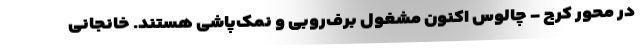
در محور کرج - چالوس اکنون مشغول برف‌روبی و نمک‌پاشی هستند. خانجانی